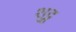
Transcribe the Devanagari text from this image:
शुट्ठ